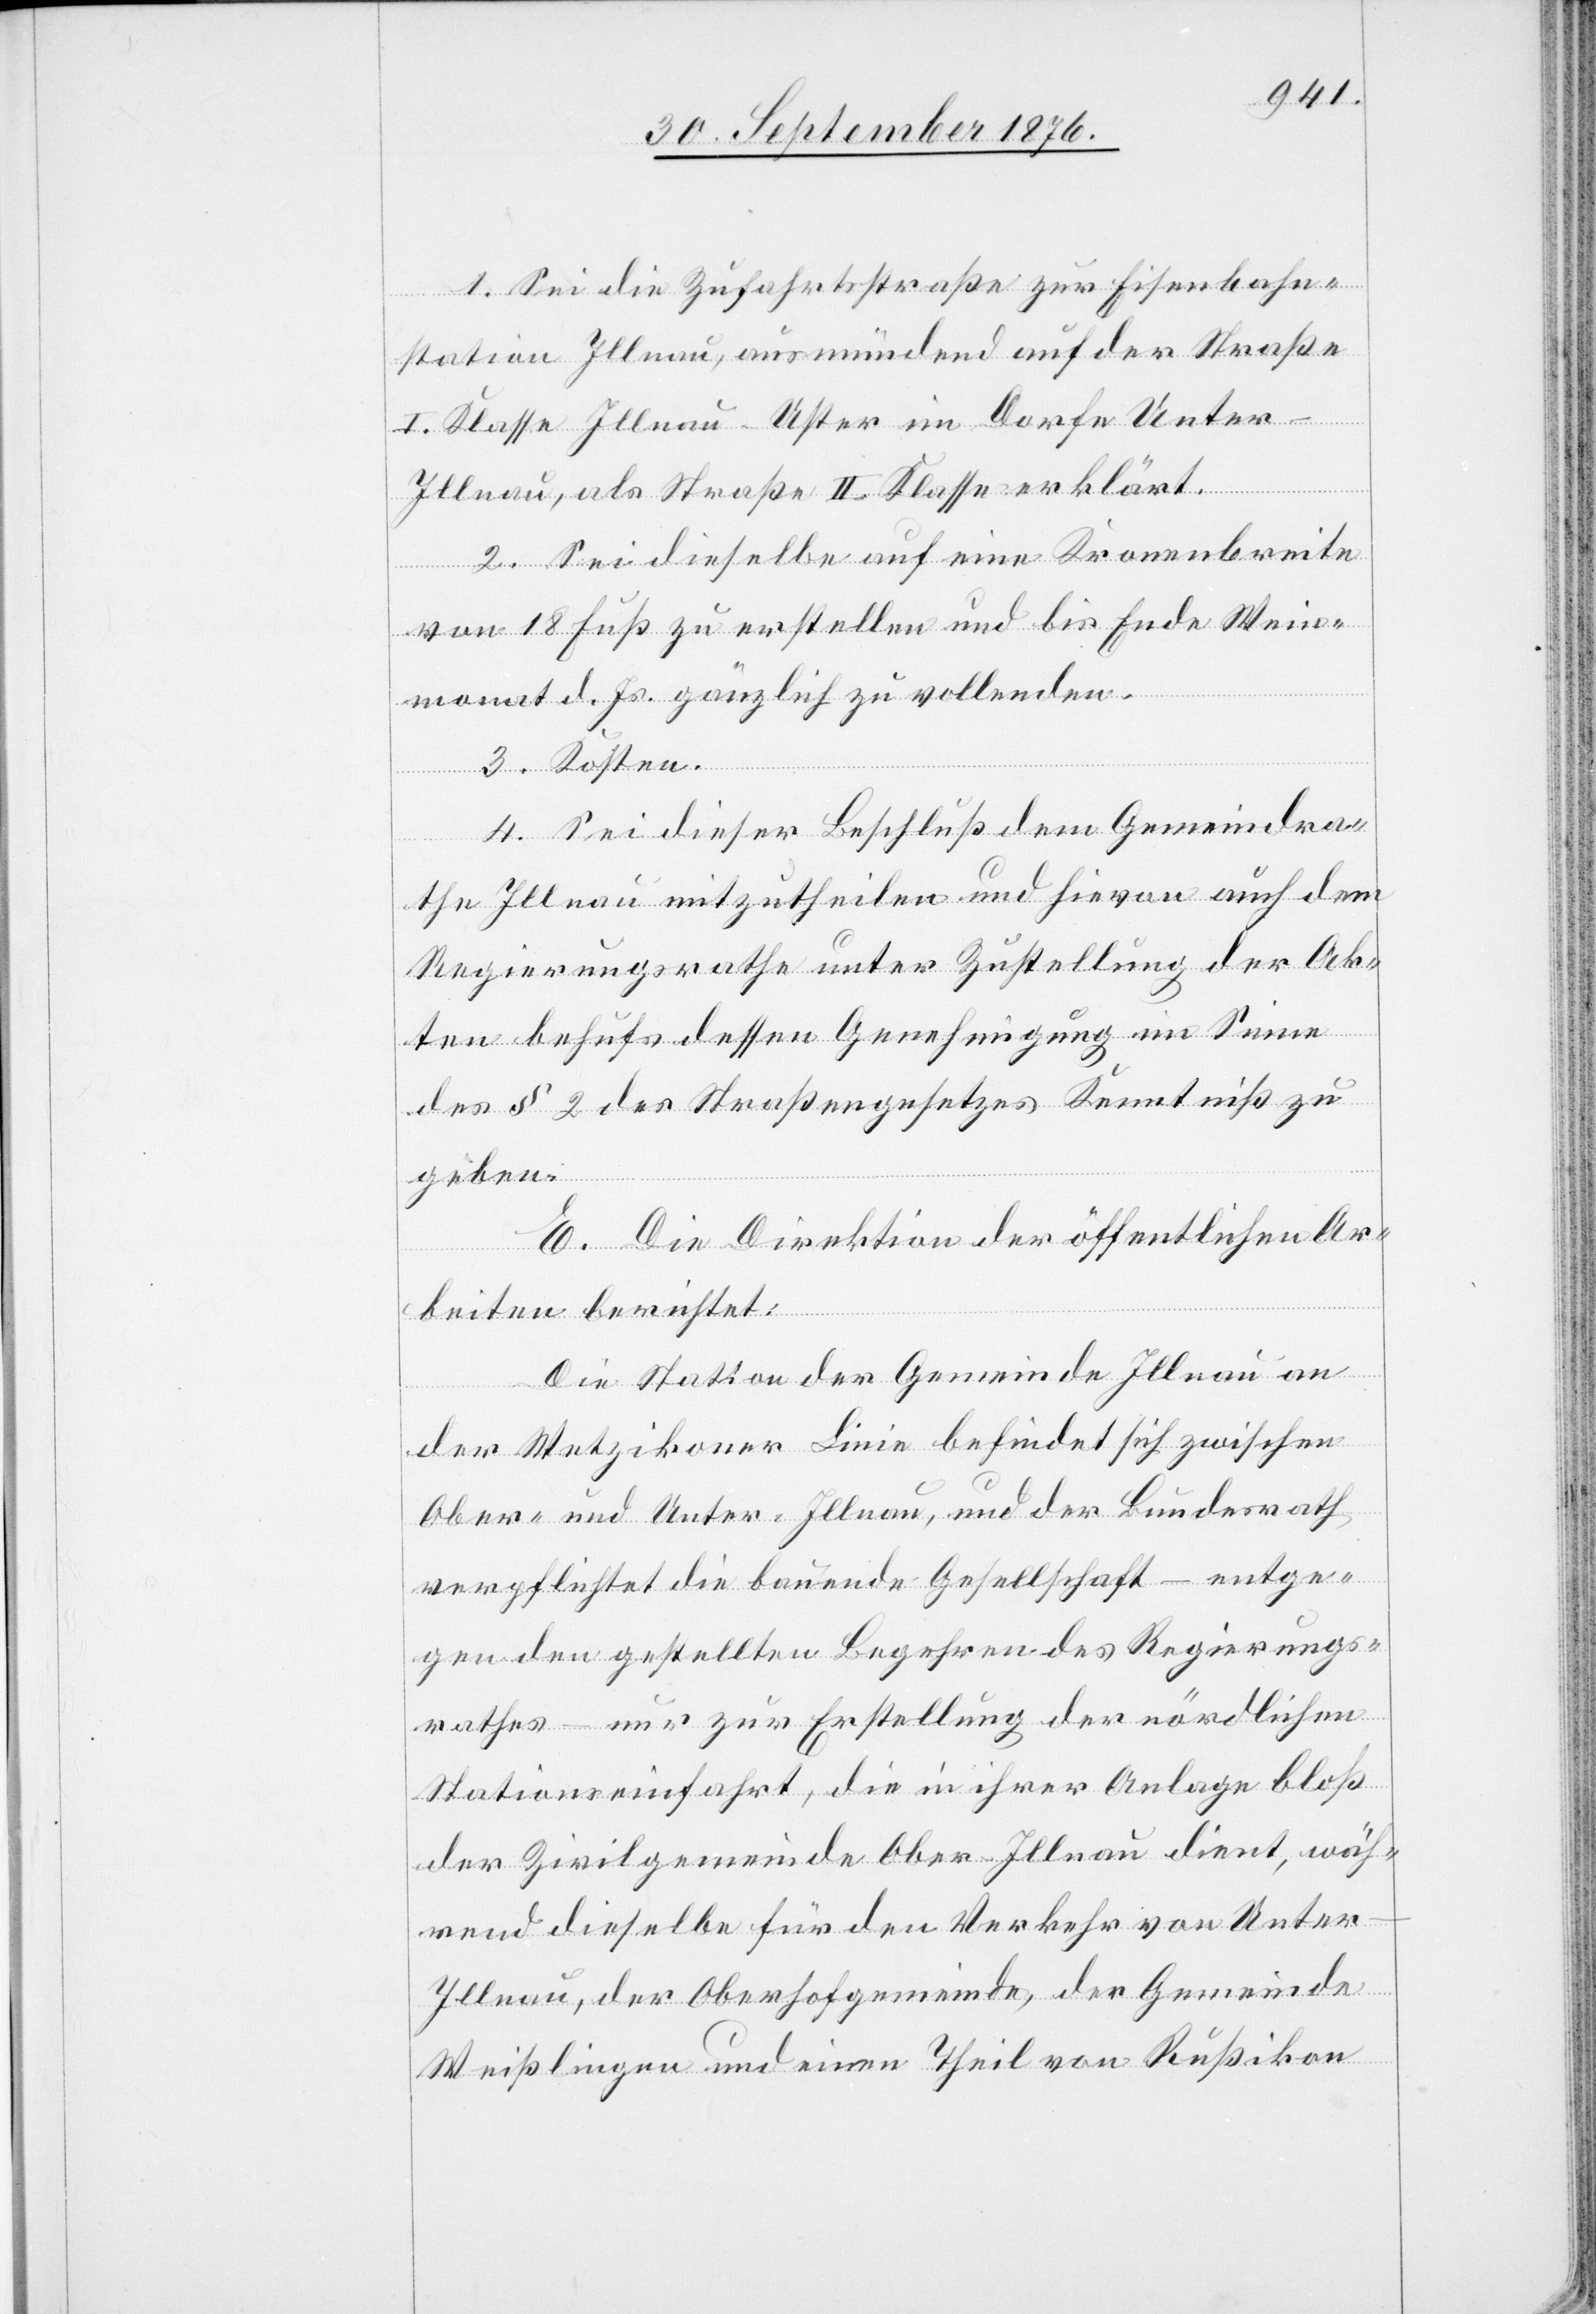
1. Sei die Zufahrtsstraße zur Eisenbahn¬
station Illnau, ausmündend auf der Straße
I. Klasse Illnau–Uster im Dorfe Unter-I¬
llnau, als Straße II. Klasse erklärt.
2. Sei dieselbe auf eine Kronenbreite
von 18 Fuß zu erstellen und bis Ende Wein¬
monat d. Js. gänzlich zu vollenden.
3. Kosten.
4. Sei dieser Beschluß dem Gemeindra¬
the Illnau mitzutheilen und hievon auch dem
Regierungsrathe unter Zustellung der Ak¬
ten behufs dessen Genehmigung im Sinne
des § 2 des Straßengesetzes Kenntniß zu
geben.
E. Die Direktion der öffentlichen Ar¬
beiten berichtet:
Die Station der Gemeinde Illnau an
der Wetzikoner Linie befindet sich zwischen
Ober- und Unter-Illnau, und der Bundesrath
verpflichtet die bauende Gesellschaft – entge¬
gen den gestellten Begehren des Regierungs¬
rathes – nur zur Erstellung der nördlichen
Stationseinfahrt, die in ihrer Anlage bloß
der Zivilgemeinde Ober-Illnau dient, wäh¬
rend dieselbe für den Verkehr von Unter-I¬
llnau, der Oberhofgemeinde, der Gemeinde
Weißlingen und einen Theil von Rußikon